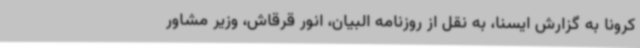
کرونا به گزارش ایسنا، به نقل از روزنامه البیان، انور قرقاش، وزیر مشاور